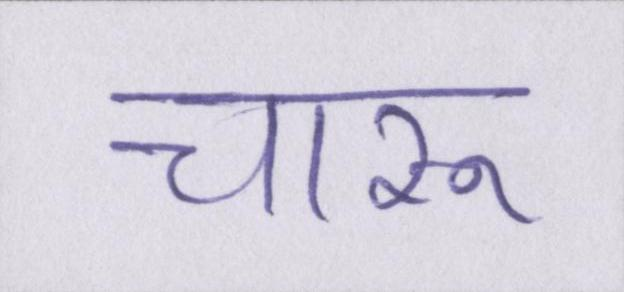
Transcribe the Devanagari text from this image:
चारू